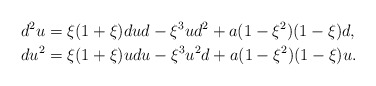
\begin{align*}d^2u&=\xi(1+\xi)dud-\xi^3 ud^2+a(1-\xi^2)(1-\xi)d,\\du^2&=\xi(1+\xi)udu-\xi^3 u^2d+a(1-\xi^2)(1-\xi) u.\end{align*}